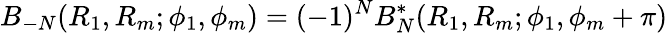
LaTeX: B_{-N}(R_{1},R_{m};\phi_{1},\phi_{m})=(-1)^{N}B_{N}^{\mathrm{*}}(R_{1},R_{m};\phi_{1},\phi_{m}+\pi)